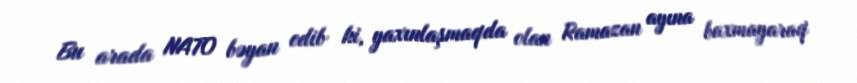
Bu arada NATO bəyan edib ki, yaxınlaşmaqda olan Ramazan ayına baxmayaraq